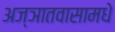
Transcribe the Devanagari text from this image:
अज्ञातवासामधे